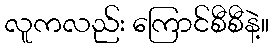
လူကလည်း ကြောင်စီစီနဲ့။